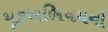
મૂકઅભિનયનો